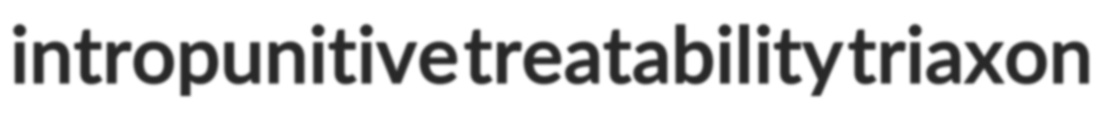
intropunitive treatability triaxon